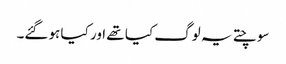
سوچتے یہ لوگ کیا تھے اور کیا ہوگئے۔